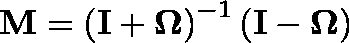
\mathbf { M } = \left( \mathbf { I } + \mathbf { \Omega } \right) ^ { - 1 } \left( \mathbf { I } - \mathbf { \Omega } \right)